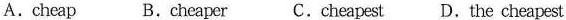
A.cheap B.cheaper C.cheapest D.the cheapest